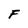
Character: F